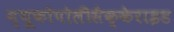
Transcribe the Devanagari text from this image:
म्यूकोपोलीसैक्केराइड